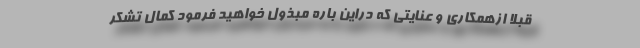
قبلاً ازهمکاری و عنایتی که دراین باره مبذول خواهید فرمود کمال تشکر